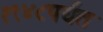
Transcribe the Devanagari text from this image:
१९४८पर्यंत